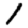
Digit: 1